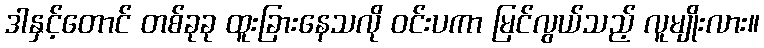
ဒါနှင့်တောင် တစ်ခုခု ထူးခြားနေသလို ဝင်းပကာ မြင်လွယ်သည့် လူမျိုးလား။